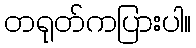
တရုတ်ကပြားပါ။